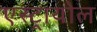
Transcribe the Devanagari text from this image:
एस्ट्रायोल